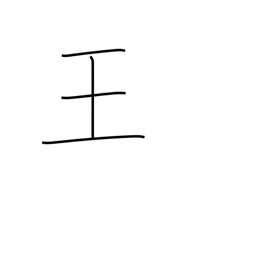
Meaning: magnate